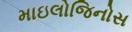
માઇલોજિનોસ